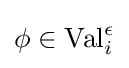
\phi \in \operatorname {Val} _{i}^{\epsilon }